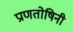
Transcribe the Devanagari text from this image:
प्राणतोषिनी